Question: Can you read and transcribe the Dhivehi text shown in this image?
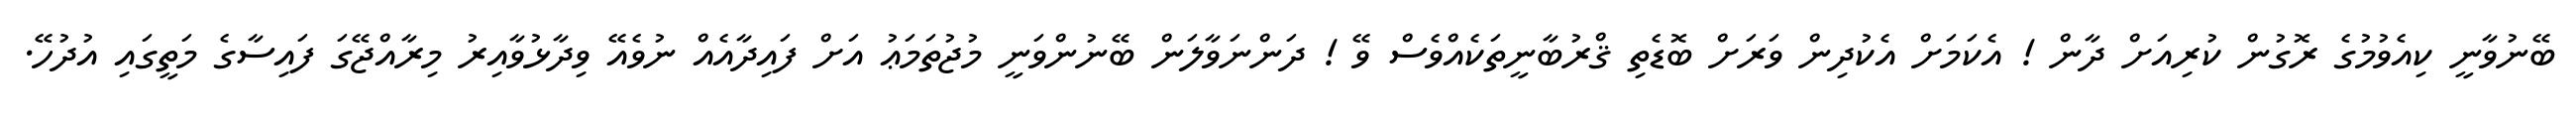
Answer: ބޭނުވާނީ ކިއެވުމުގެ ރޮގުން ކުރިއަށް ދާން ! އެކަމަށް އެކުދިން ވަރަށް ބޮޑެތި ޤްރުބާނީތަކެއްވެސް ވޭ ! ދަންނަވާލަން ބޭނުންވަނީ މުޖުތަމަޢު އަށް ފައިދާއެއް ނުވެއޭ ވިދާޅުވާއިރު މިރާއްޖޭގަ ފައިސާގެ މަތީގައި އުދުހޭ.